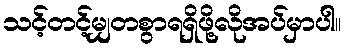
သင့်တင့်မျှတစွာရရှိဖို့လိုအပ်မှာပါ။